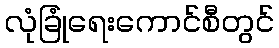
လုံခြုံရေးကောင်စီတွင်